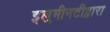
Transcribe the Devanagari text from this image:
इलुमीनटीद्वारा